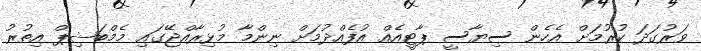
ވަރުގަދަ ކުރުމަށް އެހެން ސިޔާސީ ޕާޓީއެއް އުފެއްދުމަށް ނިންމާ މުޅިރާއްޖޭގައި މެމްބަޝިޕް އިތުރު